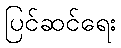
ပြင်ဆင်ရေး